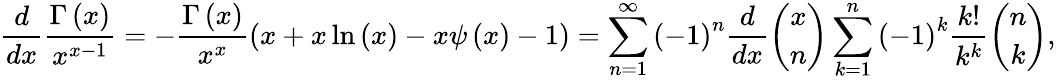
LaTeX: \frac{d}{dx}\frac{\Gamma\left(x\right)}{x^{x-1}}=-\frac{\Gamma\left(x\right)}{x^{x}}\left(x+x\ln\left(x\right)-x\psi\left(x\right)-1\right)=\sum_{n=1}^{\infty}\left(-1\right)^{n}\frac{d}{dx}{\binom{x}{n}}\sum_{k=1}^{n}\left(-1\right)^{k}\frac{k!}{k^{k}}{\binom{n}{k}},